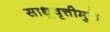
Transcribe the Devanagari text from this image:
साधुवृत्तीमुळे